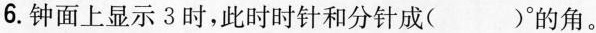
6.钟面上显示3时，此时时针和分针成( )°的角。